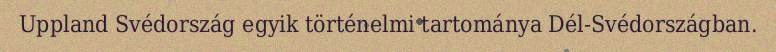
Uppland Svédország egyik történelmi tartománya Dél-Svédországban.